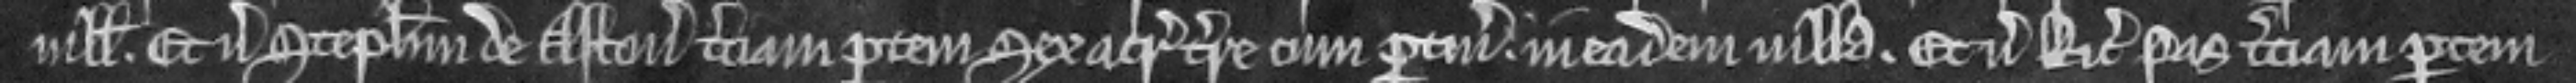
villa. Et versus Stephanum de Aston terciam partem sex acrarum terre cum pertinenciis in eadem villa. Et versus Ricardum Pas terciam partem